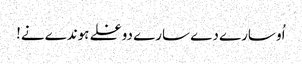
اُو سارے دے سارے دوغلے ہوندے نے!